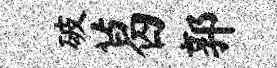
破葛郭